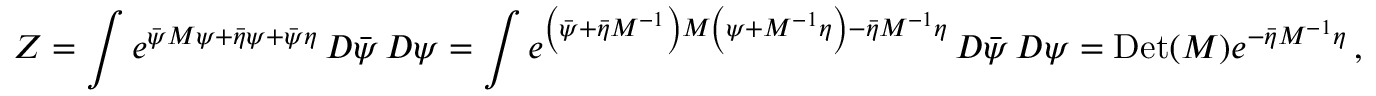
Z = \int e ^ { { \bar { \psi } } M \psi + { \bar { \eta } } \psi + { \bar { \psi } } \eta } \, D { \bar { \psi } } \, D \psi = \int e ^ { \left( { \bar { \psi } } + { \bar { \eta } } M ^ { - 1 } \right) M \left( \psi + M ^ { - 1 } \eta \right) - { \bar { \eta } } M ^ { - 1 } \eta } \, D { \bar { \psi } } \, D \psi = \mathrm { D e t } ( M ) e ^ { - { \bar { \eta } } M ^ { - 1 } \eta } \, ,